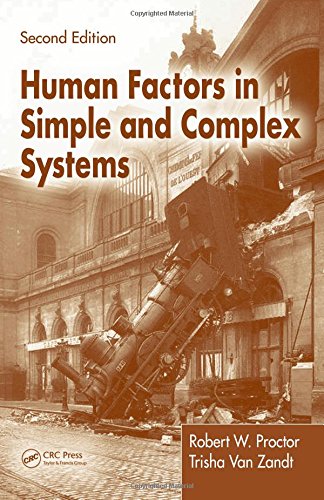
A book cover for Human Factors in Simple and Complex Systems, Second Edition; Robert W. Proctor; Computers & Technology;